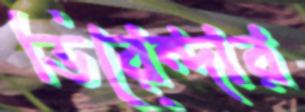
ভিরেন্দার